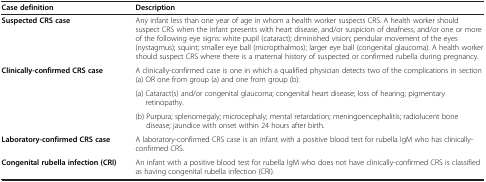
<table><thead><tr><td><b>Case definition</b></td><td><b>Description</b></td></tr></thead><tbody><tr><td><b>Suspected CRS case</b></td><td>Any infant less than one year of age in whom a health worker suspects CRS. A health worker should suspect CRS when the infant presents with heart disease, and/or suspicion of deafness, and/or one or more of the following eye signs: white pupil (cataract); diminished vision; pendular movement of the eyes (nystagmus); squint; smaller eye ball (micropthalmos); larger eye ball (congenital glaucoma). A health worker should suspect CRS where there is a maternal history of suspected or confirmed rubella during pregnancy.</td></tr><tr><td rowspan="3"><b>Clinically-confirmed CRS case</b></td><td>A clinically-confirmed case is one in which a qualified physician detects two of the complications in section (a) OR one from group (a) and one from group (b):</td></tr><tr><td>(a) Cataract(s) and/or congenital glaucoma; congenital heart disease; loss of hearing; pigmentary retinopathy.</td></tr><tr><td>(b) Purpura; splenomegaly; microcephaly; mental retardation; meningoencephalitis; radiolucent bone disease; jaundice with onset within 24 hours after birth.</td></tr><tr><td><b>Laboratory-confirmed CRS case</b></td><td>A laboratory-confirmed CRS case is an infant with a positive blood test for rubella IgM who has clinically-confirmed CRS.</td></tr><tr><td><b>Congenital rubella infection (CRI)</b></td><td>An infant with a positive blood test for rubella IgM who does not have clinically-confirmed CRS is classified as having congenital rubella infection (CRI).</td></tr></tbody></table>